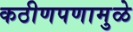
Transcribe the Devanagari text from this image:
कठीणपणामुळे